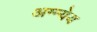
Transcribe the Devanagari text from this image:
अग्न्येय